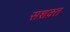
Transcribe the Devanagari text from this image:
सशक़्त